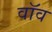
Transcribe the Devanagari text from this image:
वॉव